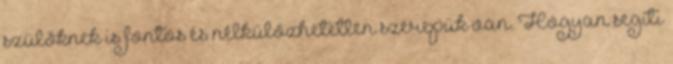
szülőknek is fontos és nélkülözhetetlen szerepük van. Hogyan segíti